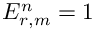
E _ { r , m } ^ { n } = 1